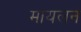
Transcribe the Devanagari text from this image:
मायलन